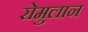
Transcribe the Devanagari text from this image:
रोमुलान